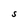
Character: S